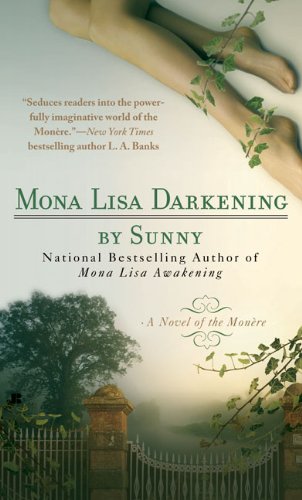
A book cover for Mona Lisa Darkening (Monere: Children of the Moon, Book 4); Sunny; Romance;